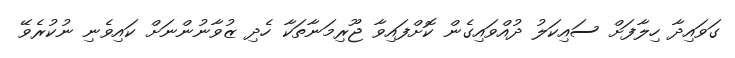
ގަވައިދާ ހިލާފަށް ސައިކަލު ދުއްވައިގެން ކޮށްފައިވާ ޖޫރިމަނާތަކާ ހެދި ޒުވާނުންނަށް ކައިވެނި ނުކުރެވޭ